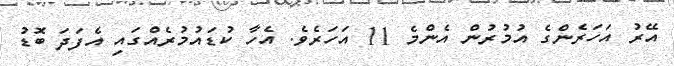
އޭރު އަހަރެންގެ އުމުރުން އެންމެ 11 އަހަރެވެ. އެހާ ކުޑައުމުރެއްގައި އެފަދަ ބޮޑު